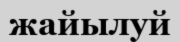
жайылуй